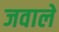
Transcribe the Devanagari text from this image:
जवाले